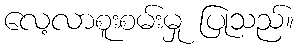
လေ့လာစူးစမ်းမှု ပြုသည်။